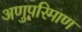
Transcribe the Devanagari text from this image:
अणुपरिमाण